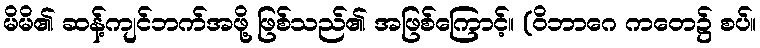
မိမိ၏ ဆန့်ကျင်ဘက်အဖို့ ဖြစ်သည်၏ အဖြစ်ကြောင့်။ (ဝိဘာဂေ ကတေ၌ စပ်။